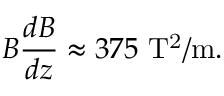
B { \frac { d B } { d z } } \approx 3 7 5 \ \mathrm { T ^ { 2 } / m } .